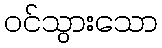
ဝင်သွားသော